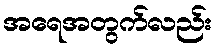
အရေအတွက်လည်း